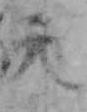
天